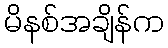
မိနစ်အချိန်က